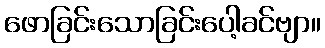
ဖောခြင်းသောခြင်းပေါ့ခင်ဗျာ။